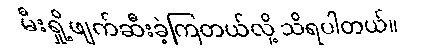
မီးရှို့ဖျက်ဆီးခဲ့ကြတယ်လို့ သိရပါတယ်။